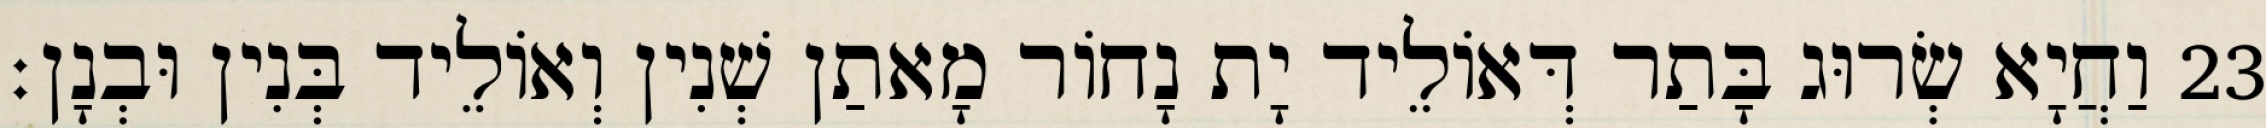
23 וַחֲיָא שְׂרוּג בָּתַר דְּאוֹלֵיד יָת נָחוֹר מָאתַן שְׁנִין וְאוֹלֵיד בְּנִין וּבְנָן׃